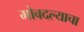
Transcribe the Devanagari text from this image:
मोबदल्याचा